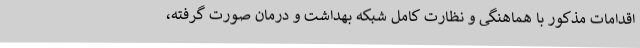
اقدامات مذکور با هماهنگی و نظارت کامل شبکه بهداشت و درمان صورت گرفته،